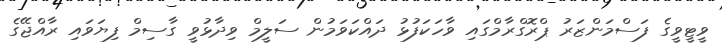
ވީޓީވީގެ ފަސްމަންޒަރު ޕްރޮގްރާމްގައި ވާހަކަފުޅު ދައްކަވަމުން ސަލީމް ވިދާޅުވީ ގާސިމް ފިޔަވައި ރާއްޖޭގެ